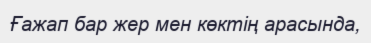
Ғажап бар жер мен көктің арасында,